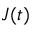
J ( t )